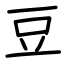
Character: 豆